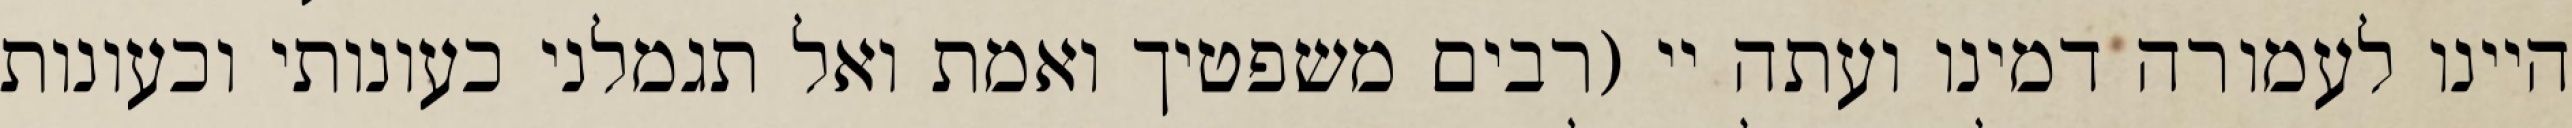
היינו לעמורה דמינו ועתה יי (רבים משפטיך ואמת ואל תגמלני כעונותי וכעונות